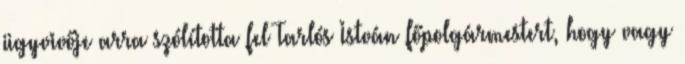
ügyvivője arra szólította fel Tarlós István főpolgármestert, hogy vagy